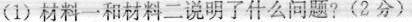
(1)材料一和材料二说明了什么问题?(2分)